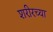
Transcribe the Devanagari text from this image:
शरीरच्या